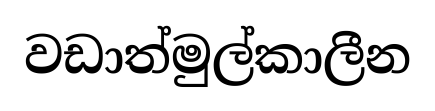
වඩාත්මුල්කාලීන